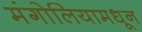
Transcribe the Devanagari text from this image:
मंगोलियामधून